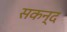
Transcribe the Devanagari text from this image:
सकन्द